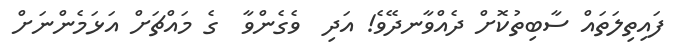
ފައިތިލަތައް ސާބިތުކޮށް ދެއްވާނދޭވެ! އަދި  ވެގެންވާ  ގެ މައްޗަށް އަޅަމެންނަށް